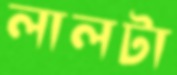
লালটা